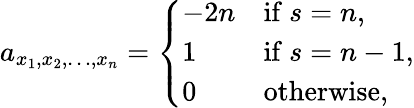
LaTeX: a_{x_{1},x_{2},\dots,x_{n}}=\left\{ {\begin{array}{ll}{-2n}&{{\mathrm{if~}}s=n,}\\ {1}&{{\mathrm{if~}}s=n-1,}\\ {0}&{{\mathrm{otherwise,}}}\end{array}}\right.